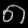
Digit: ၈